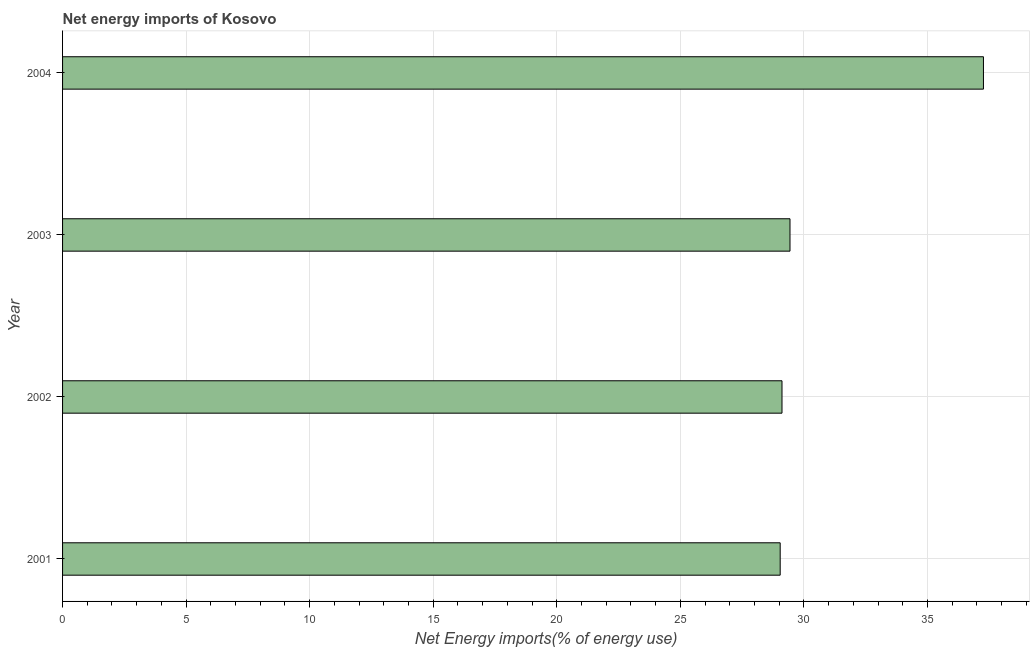
| Year | Energy imports |
 | --- | --- |
 | 2001 | 29 |
 | 2002 | 29.1 |
 | 2003 | 29.4 |
 | 2004 | 37.3 |